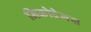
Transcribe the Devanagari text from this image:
निकोदेमस